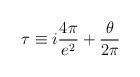
LaTeX: \begin{align*}\tau \equiv i \frac {4 \pi}{e^{2}} + \frac {\theta}{2 \pi}\end{align*}